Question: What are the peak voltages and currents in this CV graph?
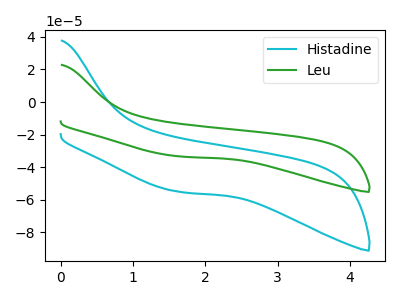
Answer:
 <answer>The cyan curve "Histadine" has no peaks. The green curve "Leu" has no peaks.</answer>
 <eval></eval>